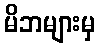
မိဘများမှ